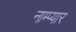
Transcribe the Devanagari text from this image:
नाम्प्यार